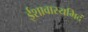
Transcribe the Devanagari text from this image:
ईशावास्यमिदं